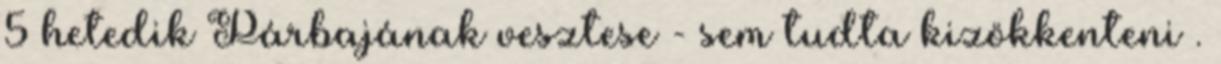
5 hetedik Párbajának vesztese - sem tudta kizökkenteni .